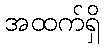
အထက်ရှိ